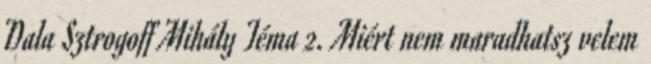
Dala Sztrogoff Mihály Téma 2. Miért nem maradhatsz velem